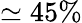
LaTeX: \simeq 45\%